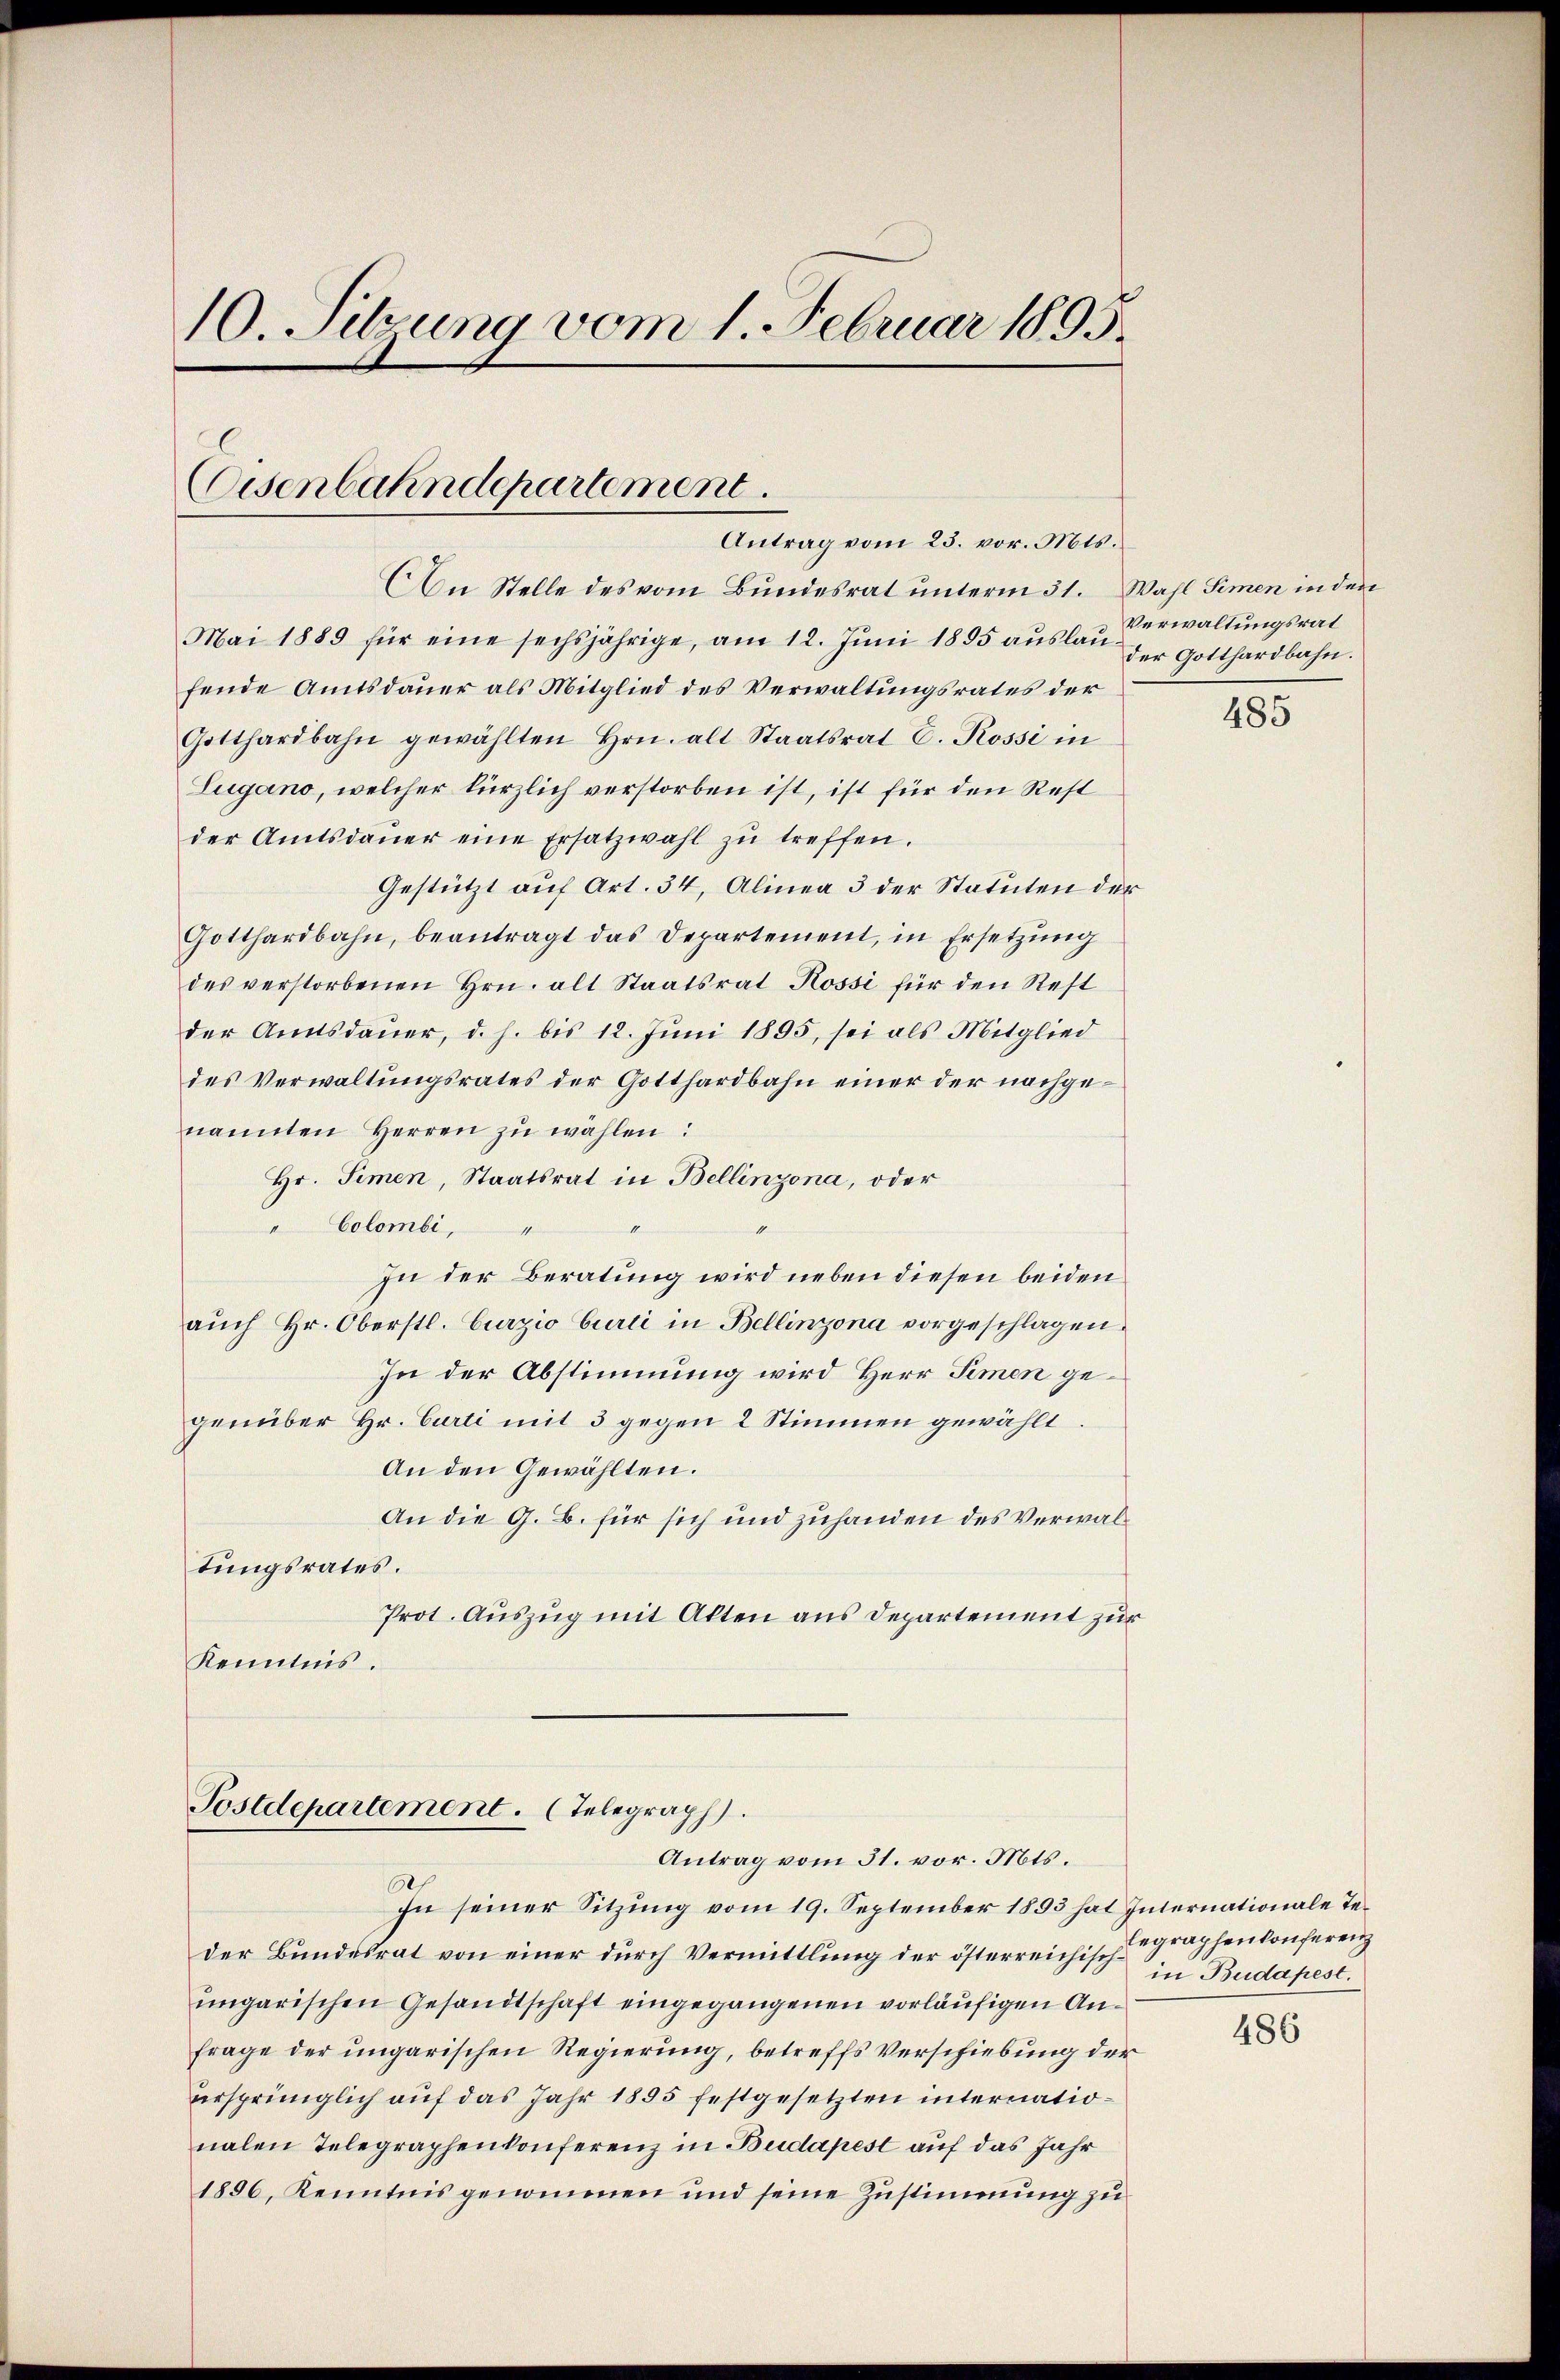
10. Setzung vom 1. Februar 1895.
Eisenbahndepartement.
Antrag vom 23. vor. Mts.

An Stelle des vom Bundesrat unterm 31. Wahl Simen in den
Mai 1889 für eine sechsjährige, am 12. Jŭni 1895 aŭslau
fende Amtsdauer als Mitglied des Verwaltungsrates der
Gotthardbahn gewählten Hrn. alt Staatsrat E. Rossi in
Lugano, welcher kürzlich verstorben ist, ist für den Rest
der Amtsdaŭer eine Ersatzwahl zŭ treffen.
Gestützt auf Art. 34, Alinea 3 der Statuten der
Gotthardbahn, beantragt das Departement, in Ersetzŭng
des verstorbenen Hrn. alt Staatsrat Rossi für den Rest
der Amtsdaŭer, d. h. bis 12. Jŭni 1895, sei als Mitglied
des Verwaltungsrates der Gotthardbahn einer der nachgenannten Herren zu wählen:
Hr. Simen, Staatsrat in Bellinzona, oder
Colombi,
In der Beratung wird neben diesen beiden
auch Hr. Oberstl. Curzio Curti in Bellinzona vorgeschlagen.
In der Abstimmung wird Herr Semen gegenüber Hr. Curti mit 3 gegen 2 Stimmen gewählt.
An den Gewählten.
An die G. B. für sich und zuhanden des Verwaltungsrates.
Prot. Auszug mit Alten aus Departement zur
Kenntnis.

Postdepartement. (Telegraph
Antrag vom 31. vor. Mts.

Verwaltungsrat
der Gotthardbahn.

In seiner Sitzung vom 19. September 1893 hat Internationale Teder Bundesrat von einer durch Vermittlung der österreichisch
ungarischen Gesandtschaft eingegangenen vorläufigen Anfrage der ungarischen Regierung, betreffs Verschiebung der
ursprünglich auf das Jahr 1895 festgesetzten internationalen Telegraphenkonferenz in Budapest auf das Jahr
1896, Kenntnis genommen und seine Zustimmung zu

485

legraphenkonferenz
in Budapest.

486